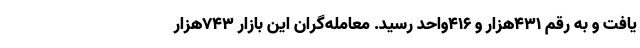
یافت و به رقم ۴۳۱هزار و ۴۱۶واحد رسید. معامله‌گران این بازار ۷۴۳هزار